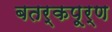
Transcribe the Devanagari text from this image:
बतर्कपूर्ण